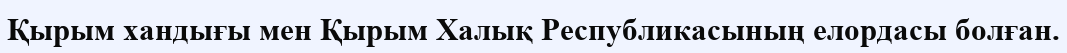
Қырым хандығы мен Қырым Халық Республикасының елордасы болған.